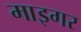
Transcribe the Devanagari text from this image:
माइगर